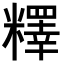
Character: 𥼶